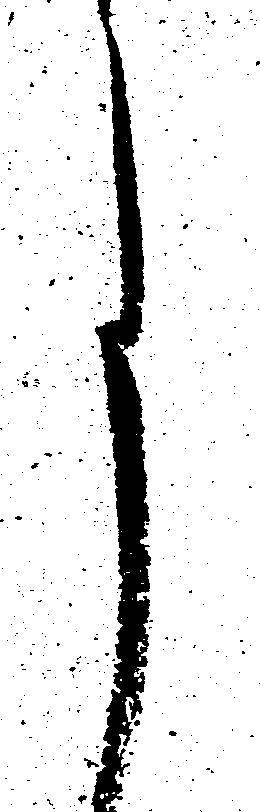
月